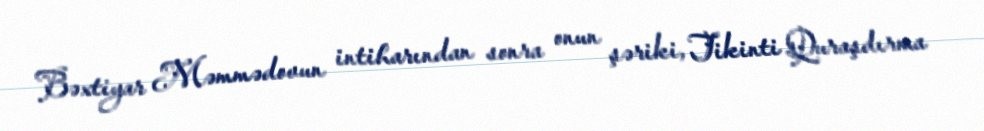
Bəxtiyar Məmmədovun intiharından sonra onun şəriki, Tikinti Quraşdırma